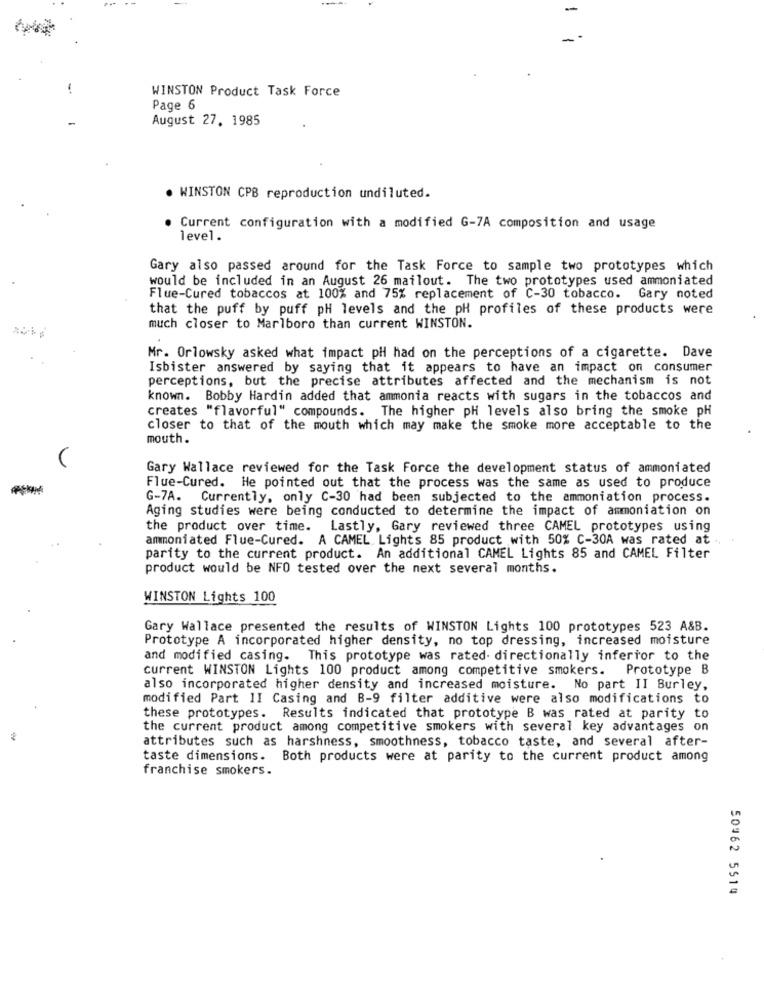
-
WINSTON Product Task Force
Page 6
August 27, 1985
. WINSTON CPB reproduction undiluted.
Current configuration with a modified G-7A composition and usage
level.
Gary also passed around for the Task Force to sample two prototypes which
would be included in an August 26 mailout. The two prototypes used ammoniated
Flue-Cured tobaccos at 100% and 75% replacement of C-30 tobacco. Gary noted
that the puff by puff pH levels and the pH profiles of these products were
much closer to Marlboro than current WINSTON.
Mr. Orlowsky asked what impact pH had on the perceptions of a cigarette. Dave
Isbister answered by saying that it appears to have an impact on consumer
perceptions, but the precise attributes affected and the mechanism is not
known. Bobby Hardin added that ammonia reacts with sugars in the tobaccos and
creates "flavorful" compounds. The higher pH levels also bring the smoke pH
closer to that of the mouth which may make the smoke more acceptable to the
mouth .
Gary Wallace reviewed for the Task Force the development status of ammoniated
Flue-Cured. He pointed out that the process was the same as used to produce
G-7A. Currently, only C-30 had been subjected to the ammoniation process.
Aging studies were being conducted to determine the impact of ammoniation on
the product over time.
Lastly, Gary reviewed three CAMEL prototypes using
ammoniated Flue-Cured. A CAMEL Lights 85 product with 50% C-30A was rated at .
parity to the current product. An additional CAMEL Lights 85 and CAMEL Filter
product would be NFO tested over the next several months.
WINSTON Lights 100
Gary Wallace presented the results of WINSTON Lights 100 prototypes 523 A&B.
Prototype A incorporated higher density, no top dressing, increased moisture
and modified casing. This prototype was rated- directionally inferior to the
current WINSTON Lights 100 product among competitive smokers. Prototype B
also incorporated higher density and increased moisture. No part II Burley,
modified Part II Casing and B-9 filter additive were also modifications to
these prototypes. Results indicated that prototype B was rated at parity to
the current product among competitive smokers with several key advantages on
attributes such as harshness, smoothness, tobacco taste, and several after-
taste dimensions.
Both products were at parity to the current product among
franchise smokers.
50962 5514